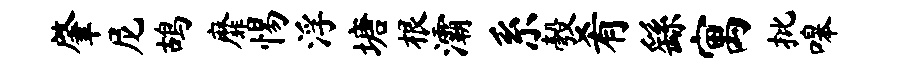
肇尼鸪靡惕浮塘根灞系彀肴繇寓批嗥